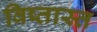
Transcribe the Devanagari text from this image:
विष्तास्त